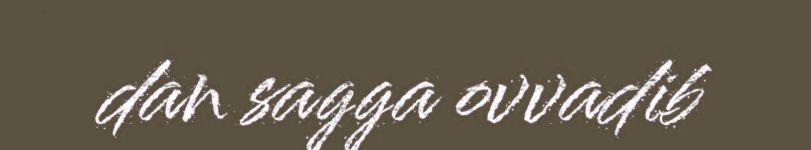
dan sagga ovvadib